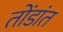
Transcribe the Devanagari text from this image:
तोंडांत